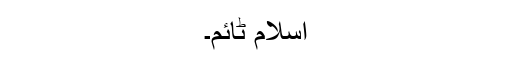
اسلام ٹائم۔